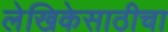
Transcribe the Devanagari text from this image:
लेखिकेसाठीचा